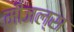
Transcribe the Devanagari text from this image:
मीजल्स